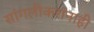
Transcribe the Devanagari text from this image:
सांगलीकरांनाही